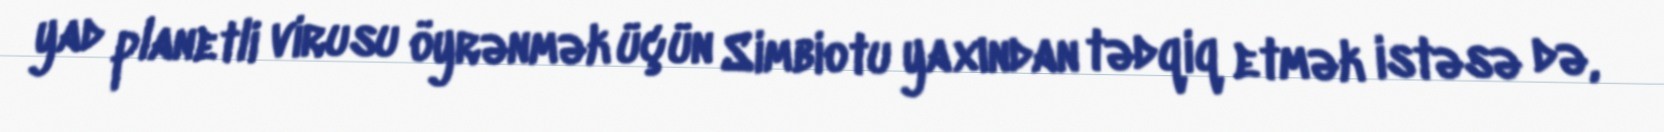
yad planetli virusu öyrənmək üçün Simbiotu yaxından tədqiq etmək istəsə də,